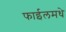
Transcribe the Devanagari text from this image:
फाईलमधे